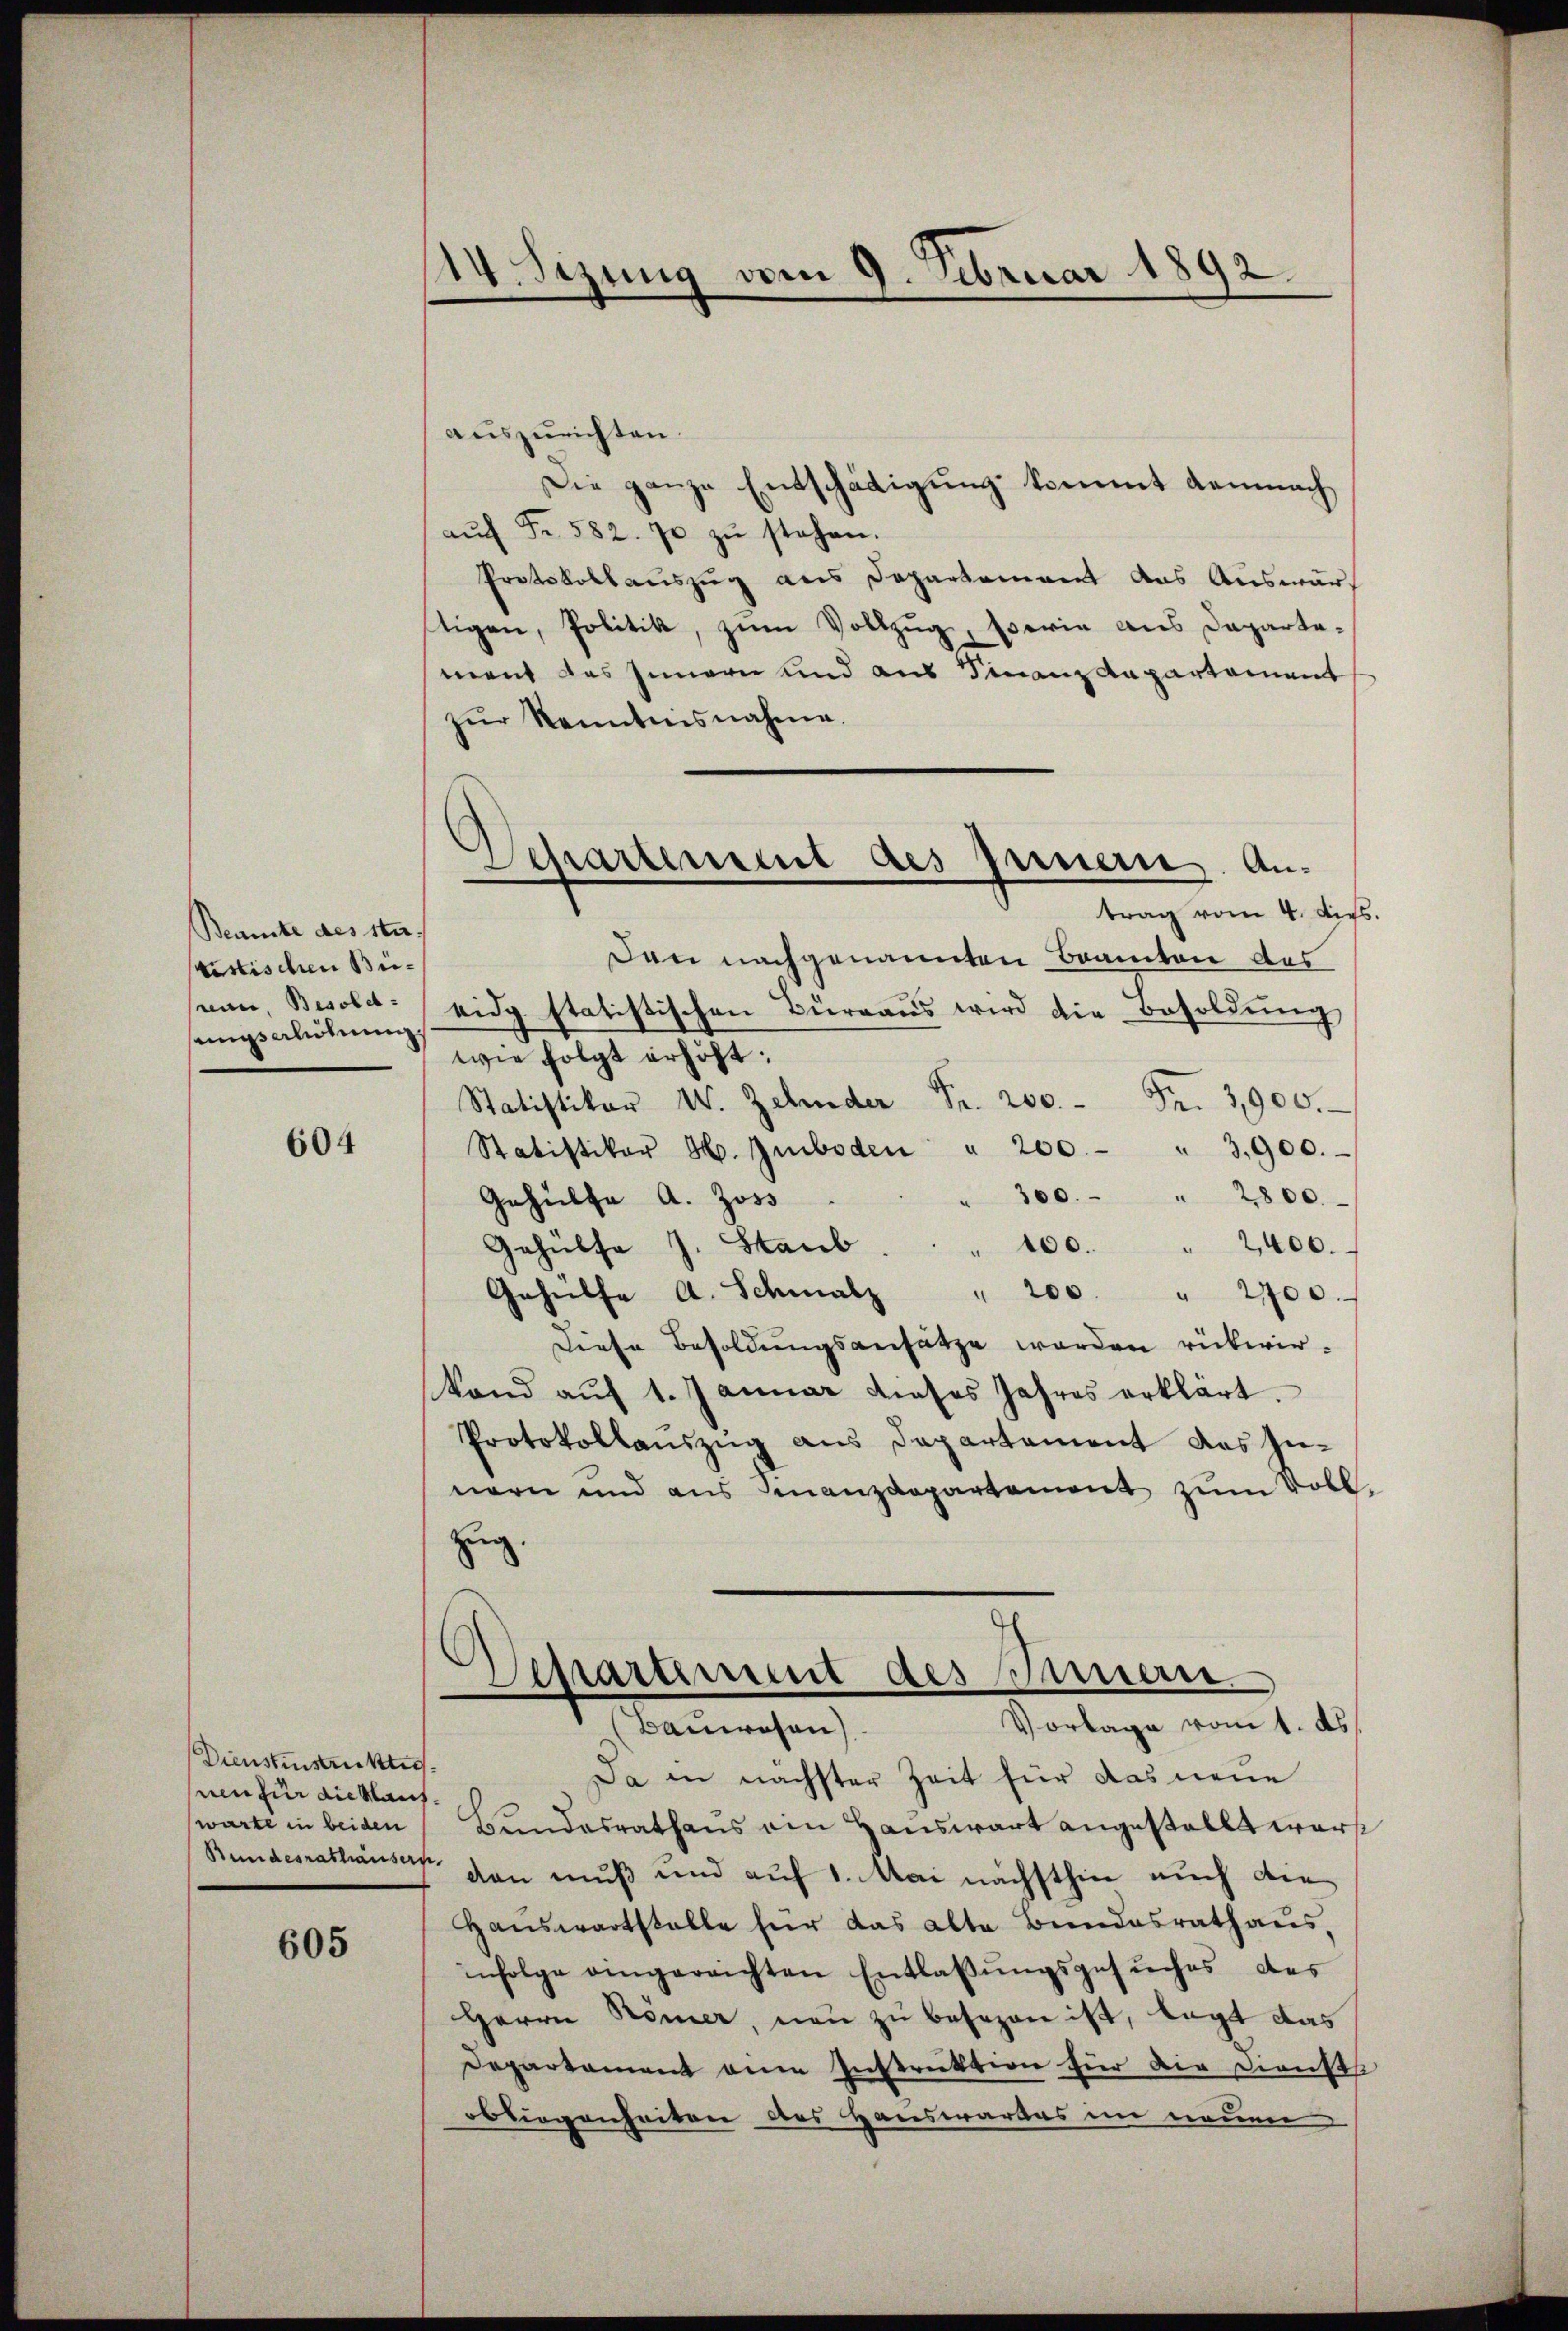
Beamte des ster-
vistischen Büsein, Besolet.
sungsalöhnung.

604

Dienstinstruktiseen zur die Kaufwarte in beiden

605

114. Sizung vom 9. Februar 1892.

Separtement des Innern. Antrag vom 4. ders.

auszurichten.
Die ganze Entschädigung kommt demnach
aŭf Fr. 582. 70 zŭ stehen.
Protokollauszug aus Departement das Auswärtigen, Politik, zum Vollzug, serie aus Dapartement des Innern und aus Finanz Anpartement
zŭr Kenntensnahme.
Dan nachgenannten Beamten des
eidg statistischen Büreaŭs wird die Besoldŭng
wie folgt erhöht:
Statistiker W. Zehnder Fr. 200. Fr. 3900.
Statistikar H. Gmboden " 200. " 3,900.
300. " 2800
Gehülfe A. Joss
Gehülfe J. Staub . . . 100. " 2400.
Gehülfe A. Schmalz " 200 " 2700.
Diese Besoldungsansätze werden rükwir¬
Rand aŭf 1. Januar dieses Jahres erklärt.
Protokollauszug aus Departement das Innern und aus Finanzdepartement zum Voll
zug.
Departement des Innern,
Vorlage vom 1. ds
(Bauwesen)
Da in nächster Zeit für das neue
Bundesrathaus ein Hauswart angestellt warst
Bundesrathäuser von muß und auf 1. Mai nächsthin auch die
Hauswartstelle für das alte Bundesrath aus,
infolge eingereichten Entlaβŭngsgesŭches des
Herrn Römer, neu zu besagen ist, lagt das
Departament eine Instruktion für die Dienste
obliegenheiten das Hauswartes im neuen